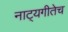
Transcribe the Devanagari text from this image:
नाट्यगीतेच